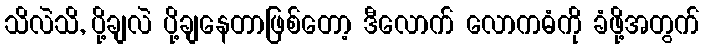
သိလဲသိ, ပို့ချလဲ ပို့ချနေတာဖြစ်တော့ ဒီလောက် လောကဓံကို ခံဖို့အတွက်